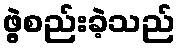
ဖွဲ့စည်းခဲ့သည်